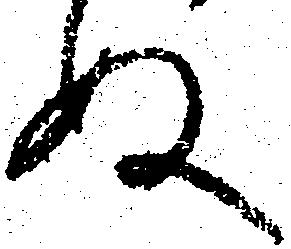
ぬ